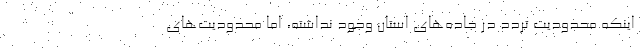
اینکه محدودیت تردد در جاده‌های استان وجود نداشته، اما محدودیت‌های